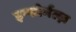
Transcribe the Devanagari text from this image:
इन्फोर्मल्ज़